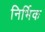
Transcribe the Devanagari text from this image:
निर्भिक